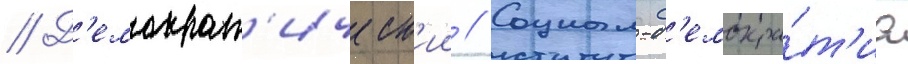
// Д'емократ'ическ'ии // Социал-д'емокра́т'иа